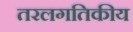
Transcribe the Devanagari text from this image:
तरलगतिकीय